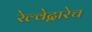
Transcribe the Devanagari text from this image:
रेल्वेद्वारेच